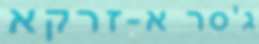
ג'סר א-זרקא